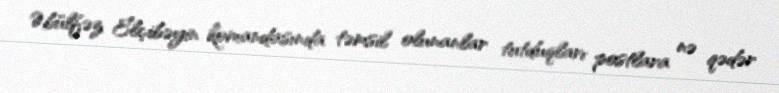
Əbülfəz Elçibəyin komandasında təmsil olunanlar tutduqları postlara nə qədər